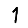
Digit: 1